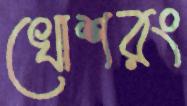
খোশরং